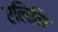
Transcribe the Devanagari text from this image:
एलिमि